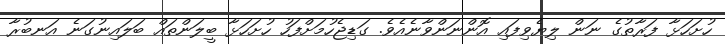
ހުށަހަޅާ ފަރާތުގެ ނަން ލިޔެވިފައި އޮންނަންވާނެއެވެ. ގަޑިޖެހުމަށްފަހު ހުށަހަޅާ ބީލަންތައް ބަލައިނުގަނެ އަނބުރާ